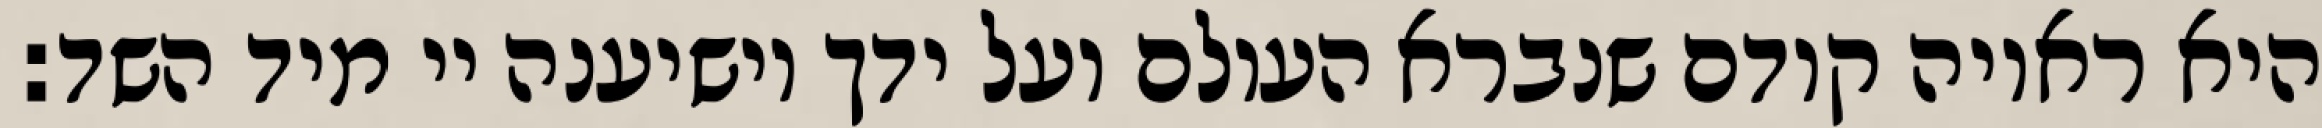
היא ראויה קודם שנברא העולם ועל ידך יושיענה יי מיד השד: